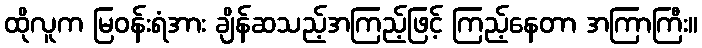
ထိုလူက မြဝန်းရံအား ချိန်ဆသည့်အကြည့်ဖြင့် ကြည့်နေတာ အကြာကြီး။